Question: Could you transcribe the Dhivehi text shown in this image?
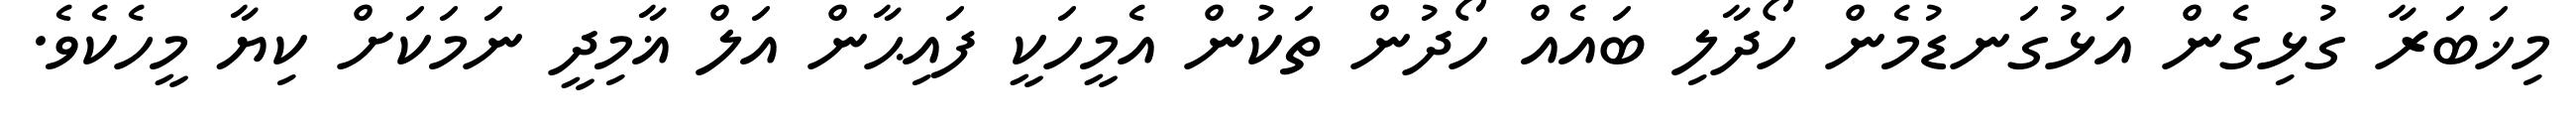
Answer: މިޚަބަރާ ގުޅިގެން އަޅުގަނޑުމެން ހޯދާލި ބައެއް ހޯދުން ތަކުން އެމީހަކީ ފައިޙާން އަލް ޣާމިދީ ނަމަކަށް ކިޔާ މީހެކެވެ.